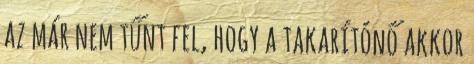
az már nem tűnt fel, hogy a takarítónő akkor